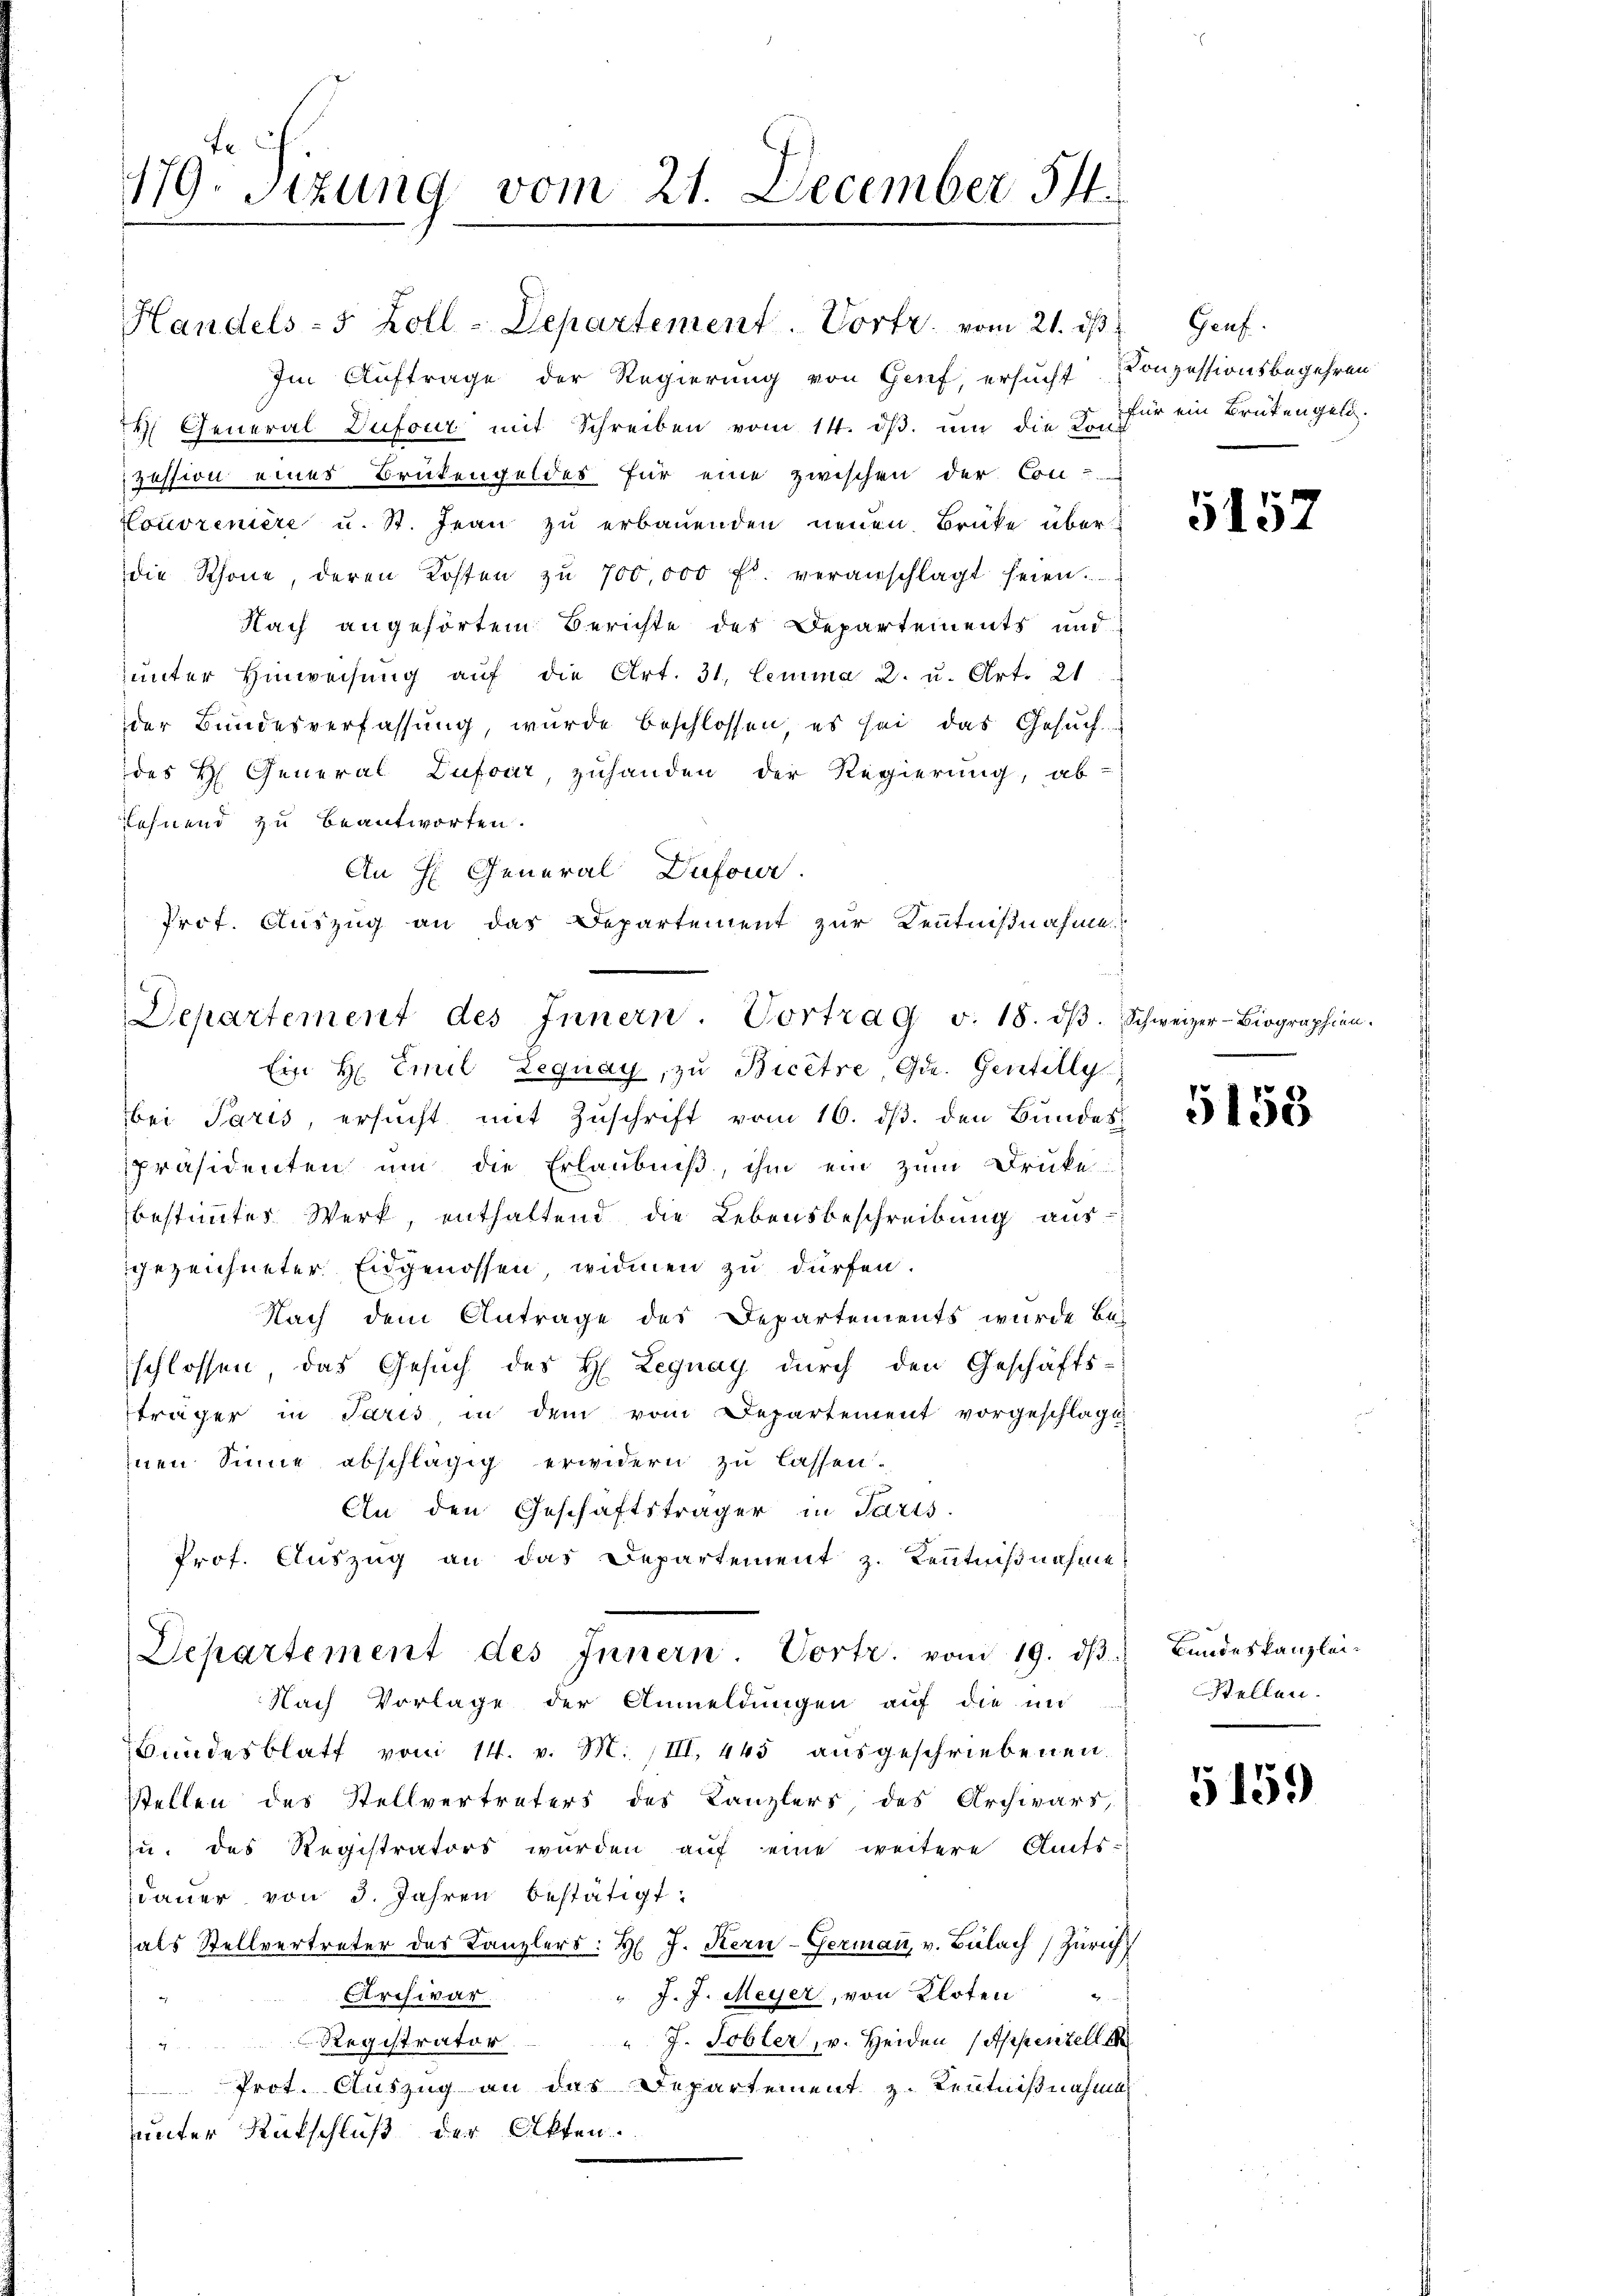
179. Sizung vom 21. December 514.

Im Auftrage der Regierung von Genf, ersucht Conzessionsbegehren
4 General Dufour mit Schreiben vom 14. ds. um die der für ein Brütengeld.
Zession einer Brütengeldes für eine zwischen der Con-
Lonoreniere u. St. Jean zu erbauenden neuen Brüke überdie Schöne, deren Kosten zŭ 700,000 fl. veranschlagt seien.
Nach angehörtem Berichte des Departements und
ŭnter Hinweisŭng aŭf die Art. 31. Lemma 2. u. Art. 21.
der Bundesverfassung, wurde beschlossen, es sei das Gesuch-
des H General Lufour, zuhanden der Regierung, ab-
Lehnend zu beantworten.
Ein H. Emil Zeguay, zu Bicêtre Gde. Gentilly
bei Paris, ersucht mit Zuschrift vom 16. ds. den Bundes
Präsidenten um die Erlaubniß, ihm ein zum Drucke-
bestimmtes Werk, enthaltend die Lebensbeschreibung aus-
gezeichneter Eidgenossen widmen zu dürfen.
Nach dem Antrage des Departements wurde Be-
schlossen, das Gesuch des H. Leguay durch den Geschäfts-
fträger in Paris, in dem vom Departement vorgeschlagt
inen Sinne abschlägig erwidern zu lassen.
An den Geschäftsträger in Paris.
Prof. Auszug an das Departement z. Kenntnißnahme
Departement des Innern Vortr. vom 19. dβ.
Nach Vorlage der Anmeldungen auf die un
Bundesblatt vom 14. v. M. (III, 445 ausgeschriebenen
Stellen des Stellvertreters des Kanzlers des Archivars,
zu, das Registrators wurden auf eine weitere Amts-
daŭer von 3. Jahren bestätigt:
als Stellvertreter des Kanzlers: H. J. Kern-Germaṅ, v. Bülach Zürich
" J. J. Meyer, von Kloten
Archivar.
wie¬
" J. Tobler, v. Heiden (Appenzell d
Registrator

 Prot. Auszug an das Departement z. Kenntnißnahme
uunter Rückschluß der Akten.

Handels-5 Zoll-Departement Vortr. vom 21. ds.

An H General Dufour
Prof. Auszug an das Departement zur Kenntnißnahme
d
Departement des Innern. Vortrag v. 18. dβ. Schweizer-Biographien.

Genf

5157

5158

Bundeskanzlei
Stellen.

5159